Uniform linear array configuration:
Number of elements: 8
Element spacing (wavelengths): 0.75
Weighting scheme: uniform
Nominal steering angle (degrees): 30
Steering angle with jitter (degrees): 28.825
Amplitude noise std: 0.05
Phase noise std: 0.05

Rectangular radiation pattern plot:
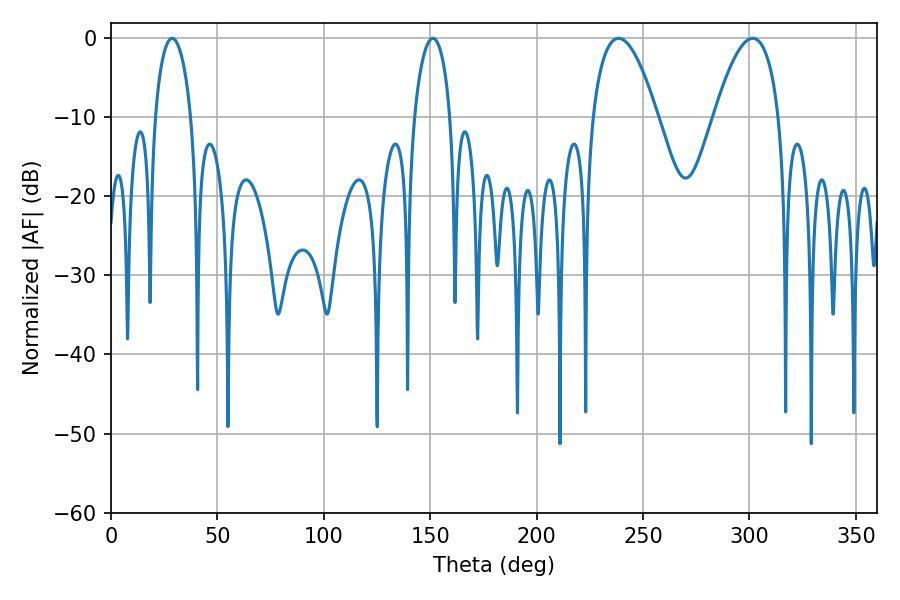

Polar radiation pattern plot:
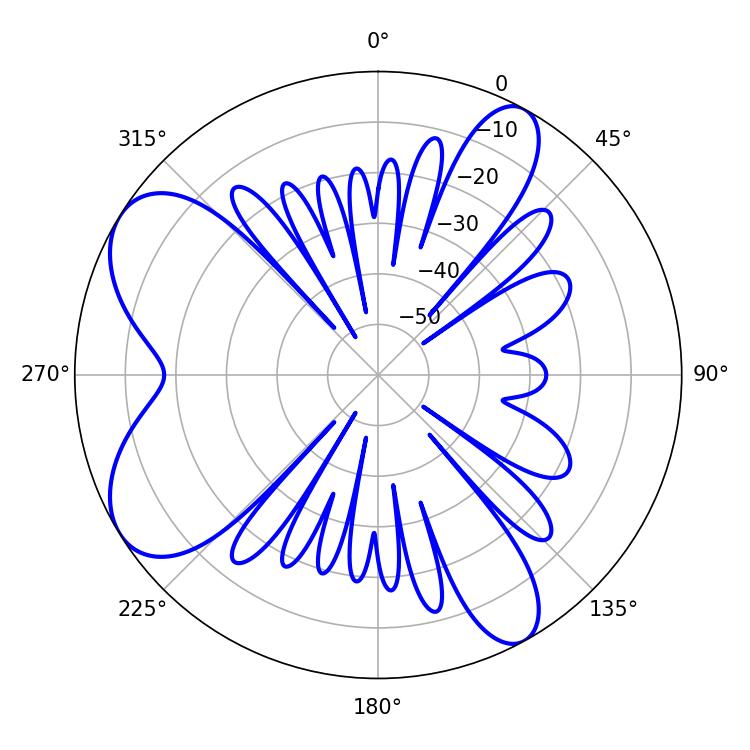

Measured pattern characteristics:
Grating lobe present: TRUE
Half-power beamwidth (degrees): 16.74
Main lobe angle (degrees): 238.5